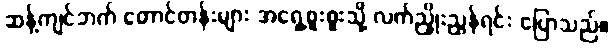
ဆန့်ကျင်ဘက် တောင်တန်းများ အရှေ့စူးစူးသို့ လက်ညှိုးညွန်ရင်း ပြောသည်။